Vaike-Kopu_(Puiatu)_vallavalitsus, lk 22
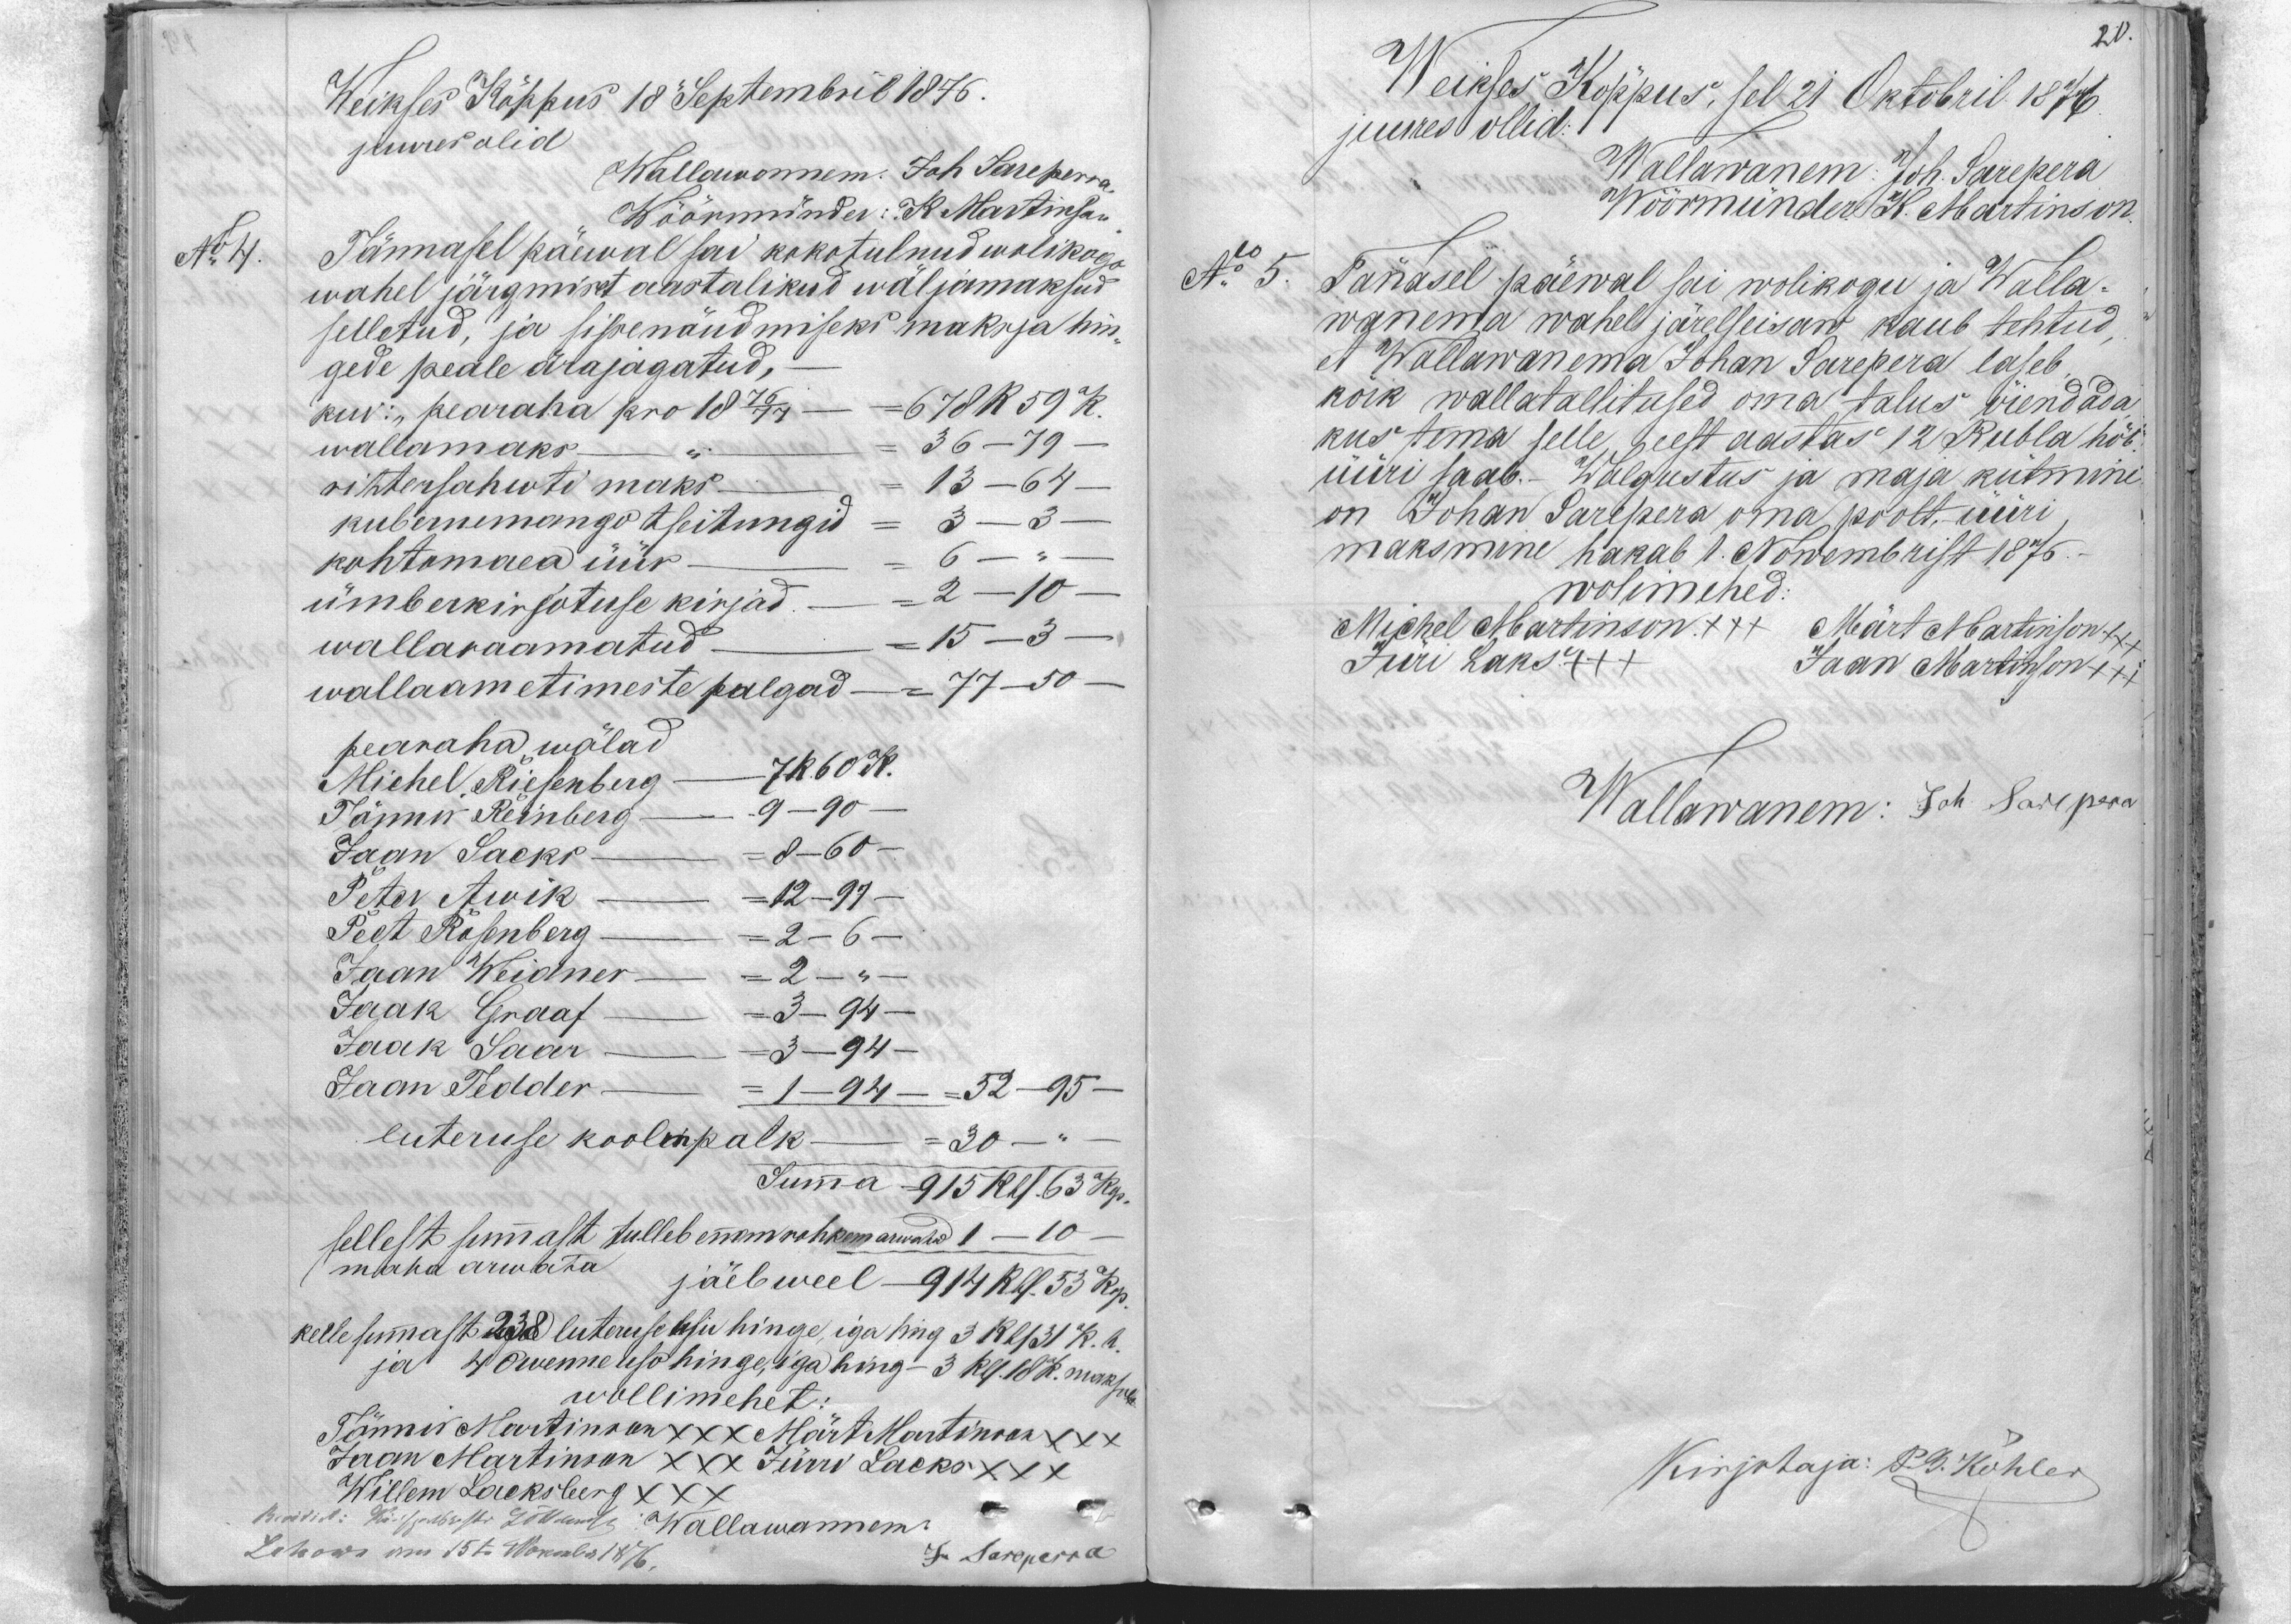
20.

Weikses Köppus 18 Septembril 1876.
juures olid
Wallawannem. Joh Sareperra
Wöörmünder: K Martinson
No 4.
Tännasel päewal sai kokotulnud wolikogu
wahel järgmiset aastalikud wäljamaksud
selletud," ja sissenöudmiseks maksja hin-
gede peale ärajagatud, -
kui: "pearaha" pro 1876/77 -= 678R 59 K.
wallamaks - " =36 - 79 -
rittersahvti maks - =13 -64
kubermemango tseitungid - =3 -3 -
kohtomaea üür -= 6 - "
ümbekirjotuse kirjad. - =2 - 10 -
wallaraamatud - =15 - 3 -
wallaametimeste palgad -= 77-50 -
pearaha wõlad
Michel Riesenberg - = 7R 60K.
Tönnu Reinberg = 9-90
Jaan Sacks = 8-60
Peter Awik = 12-97
Peet Rosenberg = 2-6
Jaan Weidner = 2.
Jaak Graaf = 3-94
Jaak Saar=  3-94
Jaan Tedder = 1-94.
= 52- 95
luteruse koolm palk  30
Summa  = 915 Rbl. 63 kop.
sellest summast tulleb ennem rohkem arwatud 1 - 10
maha arwata jäeb weel - 914 Rbl. 53 kop.
kelle summast 238 luteruse usu hinge, iga hing 3 Rbl 31 K. h.
ja 40 wenne uso hinge, iga hing - 3 Rbl 18 K. maksa.
wollimehet:
Tönnis Martinson x x Märt Martinson xxx
Jaan Martinson xxx Jürri Lacks XXX
Willem Lacksberg XXX
Kirilist: Käesse härsti Jõlland: Wallawanem.
Lohowi onu 15 t. Woksaba 1476.
J. Sareperra

Weikses Köppus, sel 21 Oktobril 1876
juures ollid:
Wallawanem: Joh. Sarepera
Wöörmünder K. Martinson
No 5.
Tänasel päewal sai wolikogu ja Walla-
wanema wahel järelseisaw kaub tehtud,
et Wallawanema Johan Sarepera laseb
kõik wallatallitused oma talus öiendada
kus tema selle, eest aastas 12 Rubla höb-
üüri saab. Walgustus ja maja kütmine.
on Johan Sarepera oma poolt, üüri,
maksmine hakab 1. Nowembrist 1875.
wolimehed
Michel Mbertinson +++ Märt Noortinson +++
Jüri Laks +++
Jaan Martinson +++
Wallawanem: Joh Sarepera

Kirjutaja: P. G. Köhler